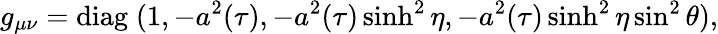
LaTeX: g_{\mu\nu}=\mathrm{diag}\; (1,-{a^{2}(\tau)},-{a^{2}(\tau)}\sinh^{2}\eta,-{a^{2}(\tau)}\sinh^{2}\eta\sin^{2}\theta),